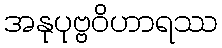
အနုပုဗ္ဗဝိဟာရဿ